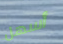
أسهل